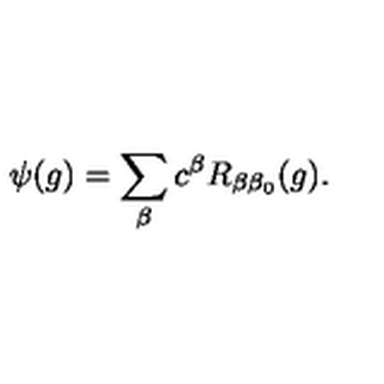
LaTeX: \psi ( g ) = \sum _ { \beta } c ^ { \beta } R _ { \beta \beta _ { 0 } } ( g ) .